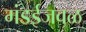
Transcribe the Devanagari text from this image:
मंडईजवळ